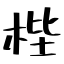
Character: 梐